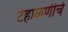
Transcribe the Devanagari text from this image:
टेहाळणीचे